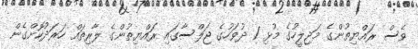
ވެސް ރައްޔިތުންގެ މަޖިލީހުގެ މުޅި 1 ދުވަހުގެ ޖަލްސާގައި ރައްޔިތުންގެ ލާރިތައް ހަރަދުކޮށްގެން